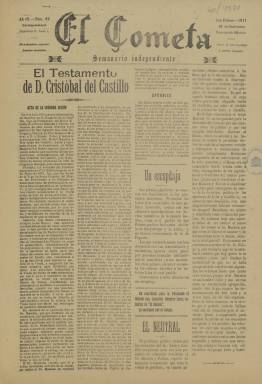
Título: El Cometa (Las Palmas)
Colección: Periódicos
Ámbito geográfico: Las Palmas
Lugar de publicación: Las Palmas
Fechas: 28/09/1911-28/09/1911

De este efímero periódico lo más llamativo es su título y las razones de llamarse así.  Sencillamente tiene que ver con el paso del cometa Halley cerca de la Tierra en 1910, fenómeno astronómico que causó gran expectación en todo el mundo, incluso situaciones de histeria colectiva en algunos casos por las consecuencias que pudiera tener para la vida en el planeta.

  Una expedición científica viajo a Canarias desde París en la primavera de 1910 para presenciar mejor los efectos del paso del cometa, por lo que las islas afortunadas tuvieron un papel protagonista en el evento. En general, según la prensa de la época, el fenómeno fue vivido como una fiesta en Las Palmas, motivo por el que quizá los fundadores del periódico decidieron bautizarle con ese título.

   La Biblioteca Nacional de España solo posee un número de la publicación, el 66 correspondiente al 28 de septiembre de 1911. Dado que como señala su subtítulo se trataba de un semanario puede deducirse que su primer número saldría coincidiendo con la fiebre sensacionalista que despertó el paso del cometa, o poco después.

    Era Las Palmas entonces una ciudad con más de 60.000 habitantes y un gran puerto, el de La Luz, con una gran prosperidad debido a la exportación de productos hortofrutícolas. Había un gran número de periódicos de todas las tendencias y la competencia era grande por hacerse un hueco entre la opinión pública, motivo por el que este periódico no debió tener una vida larga, sobre todo porque con el tiempo la expectación había pasado y su título dejaba de tener sentido. De la competencia en la prensa hay testimonio en algún artículo de El Cometa donde se arremete contra los colegas de otros periódicos.

   Se trataba de una publicación centrada en los temas locales de la ciudad y de la isla que se declaraba independiente. Todo lo más que se puede decir es que no era un periódico afín al alcalde de Las Palmas, a juzgar por la crítica que de él se hace en una columna de la portada. Tampoco parece muy proclive a quien era el hombre todopoderoso en la isla, Fernando León y Castillo, diplomático y ministro con el Partido Liberal. Aunque de la lectura de un solo número no se puede deducir un ideario muy definido.

   Predominaba la opinión sobre la información y, como era corriente en los periódicos de provincia de la época, la última página de las cuatro de que constaba el periódico estaba dedicada a la publicidad, con un buen número de anuncios que ayudarían a costear los gastos de edición e impresión.

[Descripción publicada el 7/07/2023]